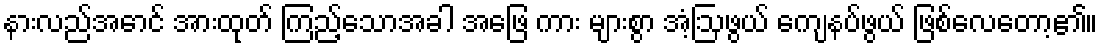
နားလည်အောင် အားထုတ် ကြည့်သောအခါ အဖြေ ကား များစွာ အံ့ဩဖွယ် ကျေနပ်ဖွယ် ဖြစ်လေတော့၏။